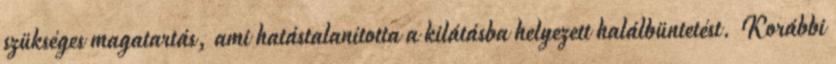
szükséges magatartás, ami hatástalanította a kilátásba helyezett halálbüntetést. Korábbi